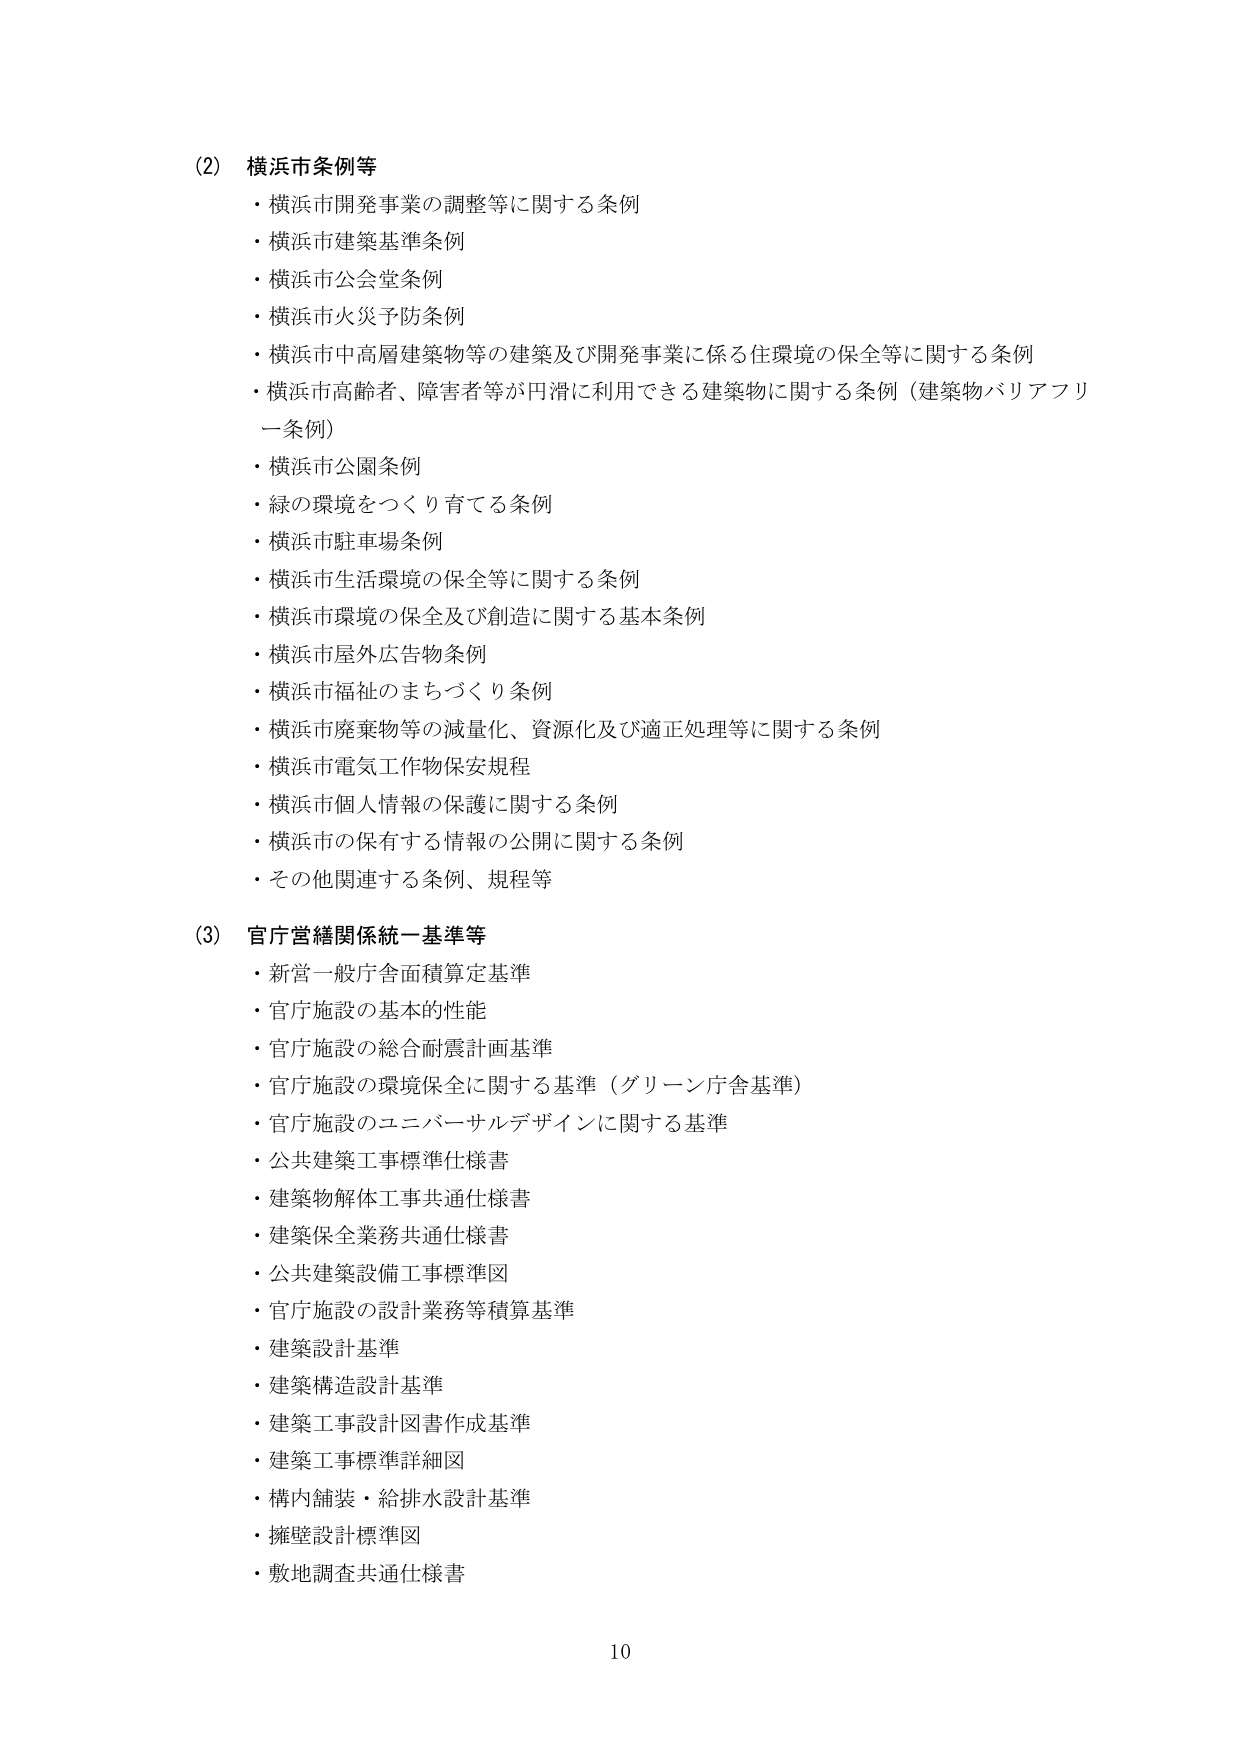
(2) 横浜市条例等
・横浜市開発事業の調整等に関する条例
・横浜市建築基準条例
・横浜市公会堂条例
・横浜市火災予防条例
・横浜市中高層建築物等の建築及び開発事業に係る住環境の保全等に関する条例
・横浜市高齢者、障害者等が円滑に利用できる建築物に関する条例（建築物バリアフリー条例）
・横浜市公園条例
・緑の環境をつくり育てる条例
・横浜市駐車場条例
・横浜市生活環境の保全等に関する条例
・横浜市環境の保全及び創造に関する基本条例
・横浜市屋外広告物条例
・横浜市福祉のまちづくり条例
・横浜市廃棄物等の減量化、資源化及び適正処理等に関する条例
・横浜市電気工作物保安規程
・横浜市個人情報の保護に関する条例
・横浜市の保有する情報の公開に関する条例
・その他関連する条例、規程等

(3) 官庁営繕関係統一基準等
・新営一般庁舎面積算定基準
・官庁施設の基本的性能
・官庁施設の総合耐震計画基準
・官庁施設の環境保全に関する基準（グリーン庁舎基準）
・官庁施設のユニバーサルデザインに関する基準
・公共建築工事標準仕様書
・建築物解体工事共通仕様書
・建築保全業務共通仕様書
・公共建築設備工事標準図
・官庁施設の設計業務等積算基準
・建築設計基準
・建築構造設計基準
・建築工事設計図書作成基準
・建築工事標準詳細図
・構内舗装・給排水設計基準
・擁壁設計標準図
・敷地調査共通仕様書

10